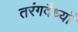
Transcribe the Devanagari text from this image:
तरंगदैध्यों